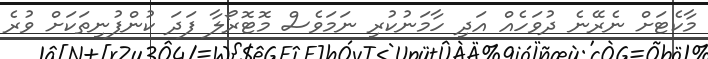
މާކެޓަށް ނެރޭނެ ދުވަހެއް އަދި ހާމަނުކުރި ނަމަވެސް މޮޓޮރޯލާ ފަދަ ކުންފުނިތަކަށް ވުރެ